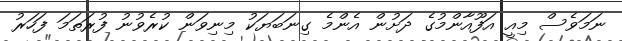
ނަމަވެސް މިއީ އަފޫއާންމުގެ ދަށުން އެންމެ ގިނަބަޔަކު މިނިވަން ކުރެވުނު ފުރަތަމަ ފަހަރު